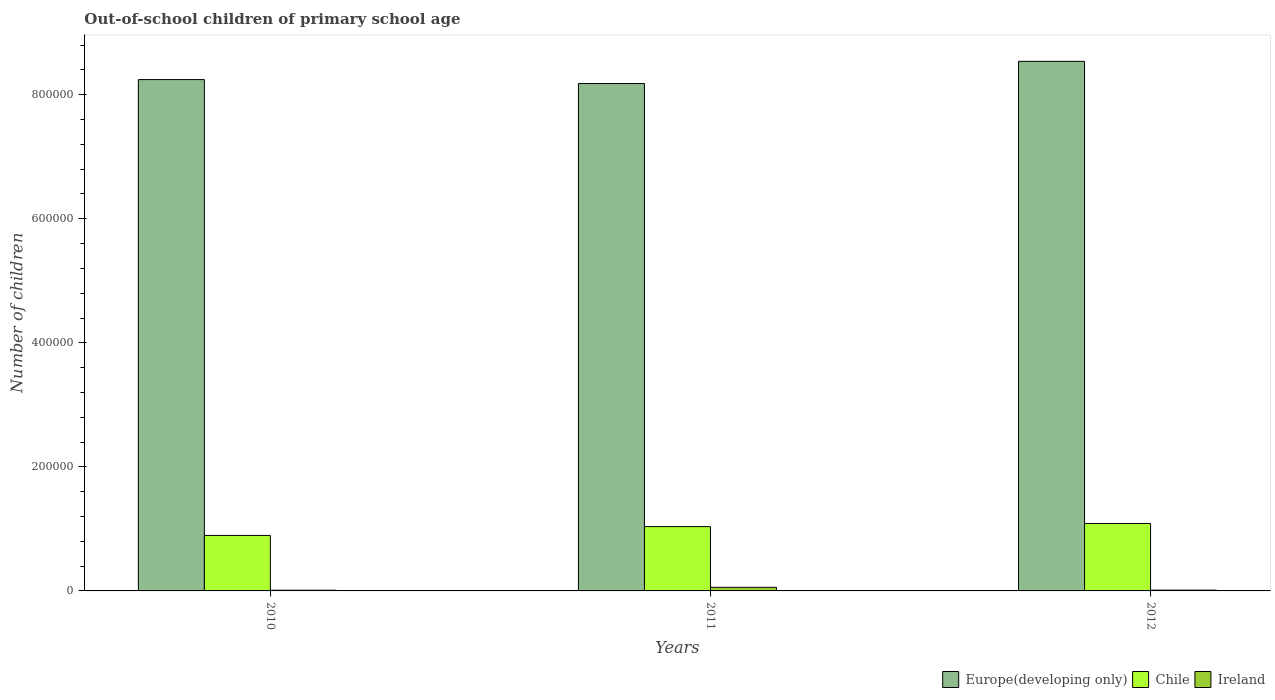
| Years | Europe(developing only) | Chile | Ireland |
 | --- | --- | --- | --- |
 | 2010 | 8.24e+05 | 8.95e+04 | 1.1e+03 |
 | 2011 | 8.18e+05 | 1.04e+05 | 5.85e+03 |
 | 2012 | 8.54e+05 | 1.09e+05 | 1.3e+03 |